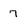
Character: 7